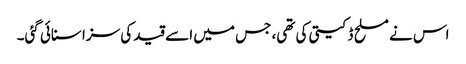
اس نے مسلح ڈکیتی کی تھی، جس میں اسے قید کی سزا سنائی گئی۔